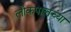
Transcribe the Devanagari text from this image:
लोकपालच्या